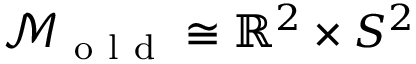
\mathcal { M } _ { \mathrm { ~ o ~ l ~ d ~ } } \cong \mathbb { R } ^ { 2 } \times S ^ { 2 }